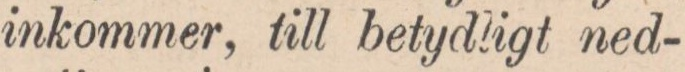
inkommer, till betydligt ned-